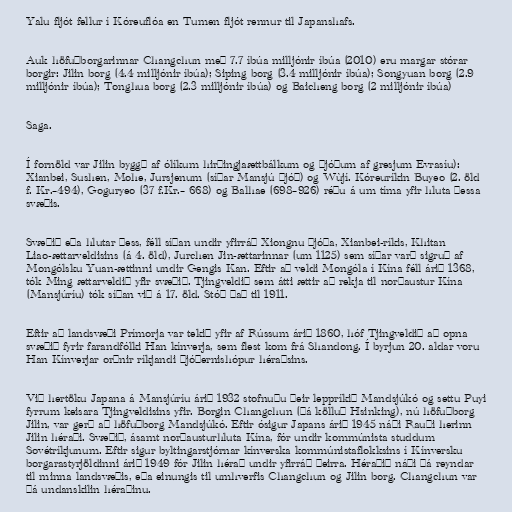
Yalu fljót fellur í Kóreuflóa en Tumen fljót rennur til Japanshafs.

Auk höfuðborgarinnar Changchun með 7.7 íbúa milljónir íbúa (2010) eru margar stórar
borgir: Jilin borg (4.4 milljónir íbúa); Siping borg (3.4 milljónir íbúa); Songyuan borg (2.9
milljónir íbúa); Tonghua borg (2.3 milljónir íbúa) og Baicheng borg (2 milljónir íbúa)

Saga.

Í fornöld var Jilin byggð af ólíkum hirðingjaættbálkum og þjóðum af gresjum Evrasíu):
Xianbei, Sushen, Mohe, Jursjenum (síðar Mansjú þjóð) og Wùjí. Kóreuríkin Buyeo (2. öld
f. Kr.–494), Goguryeo (37 f.Kr.– 668) og Balhae (698–926) réðu á um tíma yfir hluta þessa
svæðis.

Svæðið eða hlutar þess, féll síðan undir yfirráð Xiongnu þjóða, Xianbei-ríkis, Khitan
Liao-ættarveldisins (á 4. öld), Jurchen Jin-ættarinnar (um 1125) sem síðar varð sigruð af
Mongólsku Yuan-ættinni undir Gengis Kan. Eftir að veldi Mongóla í Kína féll árið 1368,
tók Ming ættarveldið yfir svæðið. Tjingveldið sem átti ættir að rekja til norðaustur Kína
(Mansjúríu) tók síðan við á 17. öld. Stóð það til 1911.

Eftir að landsvæði Prímorja var tekið yfir af Rússum árið 1860, hóf Tjingveldið að opna
svæðið fyrir farandfólki Han kínverja, sem flest kom frá Shandong. Í byrjun 20. aldar voru
Han Kínverjar orðnir ríkjandi þjóðernishópur héraðsins.

Við hertöku Japana á Mansjúríu árið 1932 stofnuðu þeir leppríkið Mandsjúkó og settu Puyi
fyrrum keisara Tjingveldisins yfir. Borgin Changchun (þá kölluð Hsinking), nú höfuðborg
Jilin, var gerð að höfuðborg Mandsjúkó. Eftir ósigur Japans árið 1945 náði Rauði herinn
Jilin héraði. Svæðið, ásamt norðausturhluta Kína, fór undir kommúnista studdum
Sovétríkjunum. Eftir sigur byltingarstjórnar kínverska kommúnistaflokksins í Kínversku
borgarastyrjöldinni árið 1949 fór Jilin hérað undir yfirráð þeirra. Héraðið náði þá reyndar
til minna landsvæðis, eða einungis til umhverfis Changchun og Jilin borg. Changchun var
þá undanskilin héraðinu.